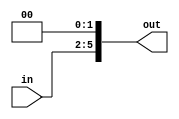
// Module Name: Shift left 2
// Project Name: Mips Processor

module shift_left_2 #(parameter n_bits_in = 4,n_bits_out = 6)
( 
	input [n_bits_in-1:0]in,
	output [n_bits_out-1:0]out
);
	assign out = in<<2;
endmodule